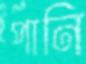
পানি